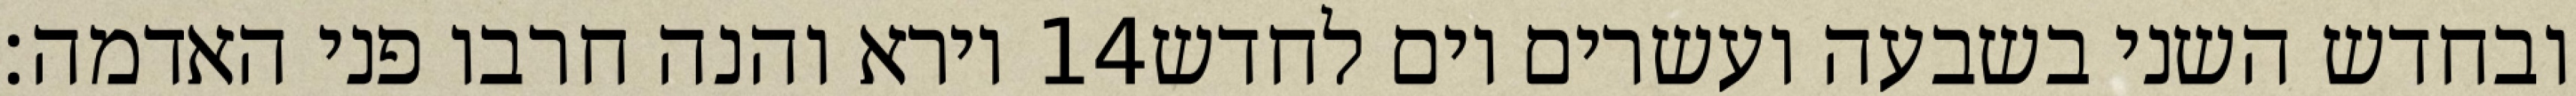
וירא והנה חרבו פני האדמה׃ ‎14‏ ובחדש השני בשבעה ועשרים יום לחדש